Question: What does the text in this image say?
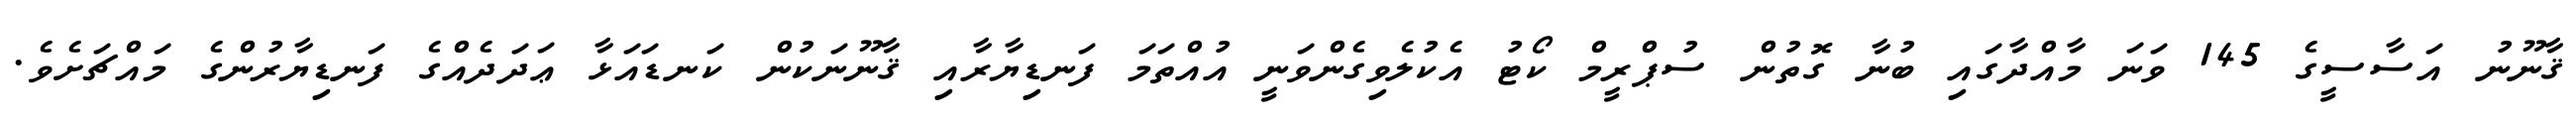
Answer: ޤާނޫނު އަސާސީގެ 145 ވަނަ މާއްދާގައި ބުނާ ގޮތުން ސުޕްރީމް ކޯޓު އެކުލެވިގެންވަނީ އުއްތަމަ ފަނޑިޔާރާއި ޤާނޫނަކުން ކަނޑައަޅާ ޢަދަދެއްގެ ފަނޑިޔާރުންގެ މައްޗަށެވެ.